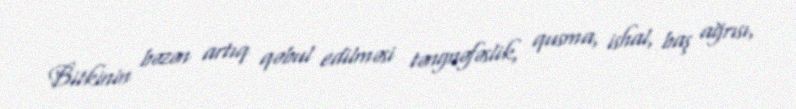
Bitkinin bəzən artıq qəbul edilməsi təngnəfəslik, qusma, ishal, baş ağrısı,